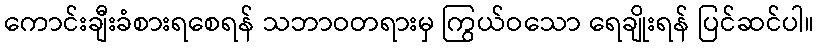
ကောင်းချီးခံစားရစေရန် သဘာဝတရားမှ ကြွယ်ဝသော ရေချိုးရန် ပြင်ဆင်ပါ။